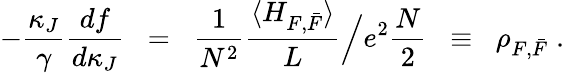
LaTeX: -\frac{\kappa_{J}}{\gamma}\frac{df}{d\kappa_{J}}\; \; =\; \; \frac{1}{N^{2}}\frac{\langle H_{F,\bar{F}}\rangle}{L}\Big/e^{2}\frac{N}{2}\; \; \equiv\; \; \rho_{F,\bar{F}}\; .